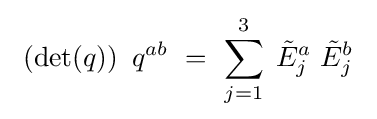
\ \left(\mathrm {det} (q)\right)\ q^{ab}~=~\sum _{j=1}^{3}\;{\tilde {E}}_{j}^{a}\ {\tilde {E}}_{j}^{b}\